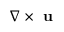
\nabla \times \textbf { u }